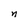
Character: n